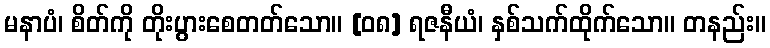
မနာပံ၊ စိတ်ကို တိုးပွားစေတတ်သော။ [၀၈] ရဇနီယံ၊ နှစ်သက်ထိုက်သော။ တနည်း။